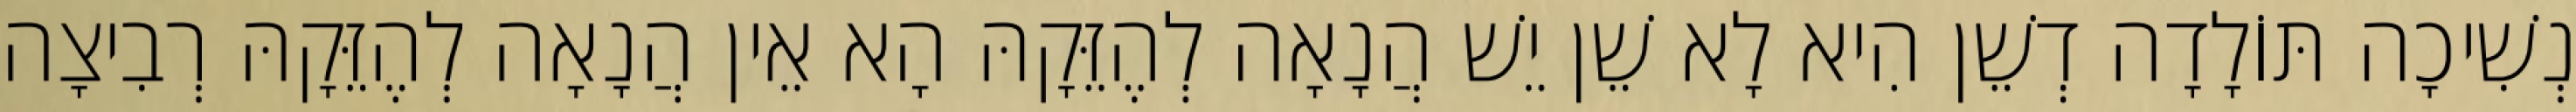
נְשִׁיכָה תּוֹלָדָה דְשֵׁן הִיא לָא שֵׁן יֵשׁ הֲנָאָה לְהֶזֵּקָהּ הָא אֵין הֲנָאָה לְהֶזֵּקָהּ רְבִיצָה